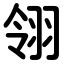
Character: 翎